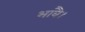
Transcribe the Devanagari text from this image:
भावै।